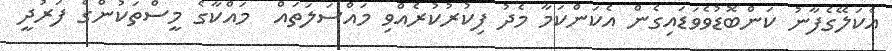
އެކަލޭގެފާނު ކަންބޮޑުވެވަޑައިގެން އެކަންކަމާ މެދު ފިކުރުކުރެއްވި މައްސަލަތައް  މައްކާގެ މީސްތަކުންގެ ފަރުދީ